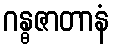
ဂန္ဓဇာတာနံ